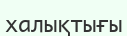
халықтығы